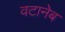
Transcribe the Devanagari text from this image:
वटानेब